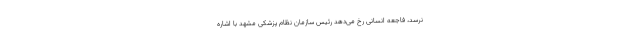
نرسد، فاجعه انسانی رخ می‌دهد رئیس سازمان نظام پزشکی مشهد با اشاره